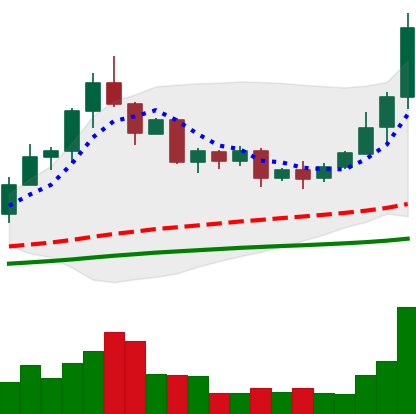
Ticker: TRX-USD
Chart end date: 2020-09-01
Forward return: -8.769%
Label: down_7plus